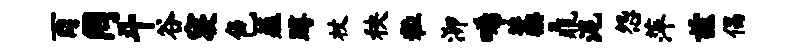
酉罔斗谷寝色薤蹲杖秧粒泖唏藁鼎泥怨萍兹倡